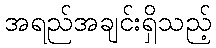
အရည်အချင်းရှိသည့်